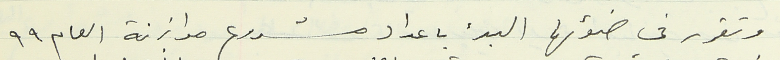
وتقرر في ضوئها البدء باعداد مشروع موازنة العام ٩٩